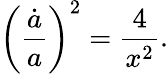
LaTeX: \left({\frac{\dot{a}}{a}}\right)^{2}={\frac{4}{x^{2}}}.